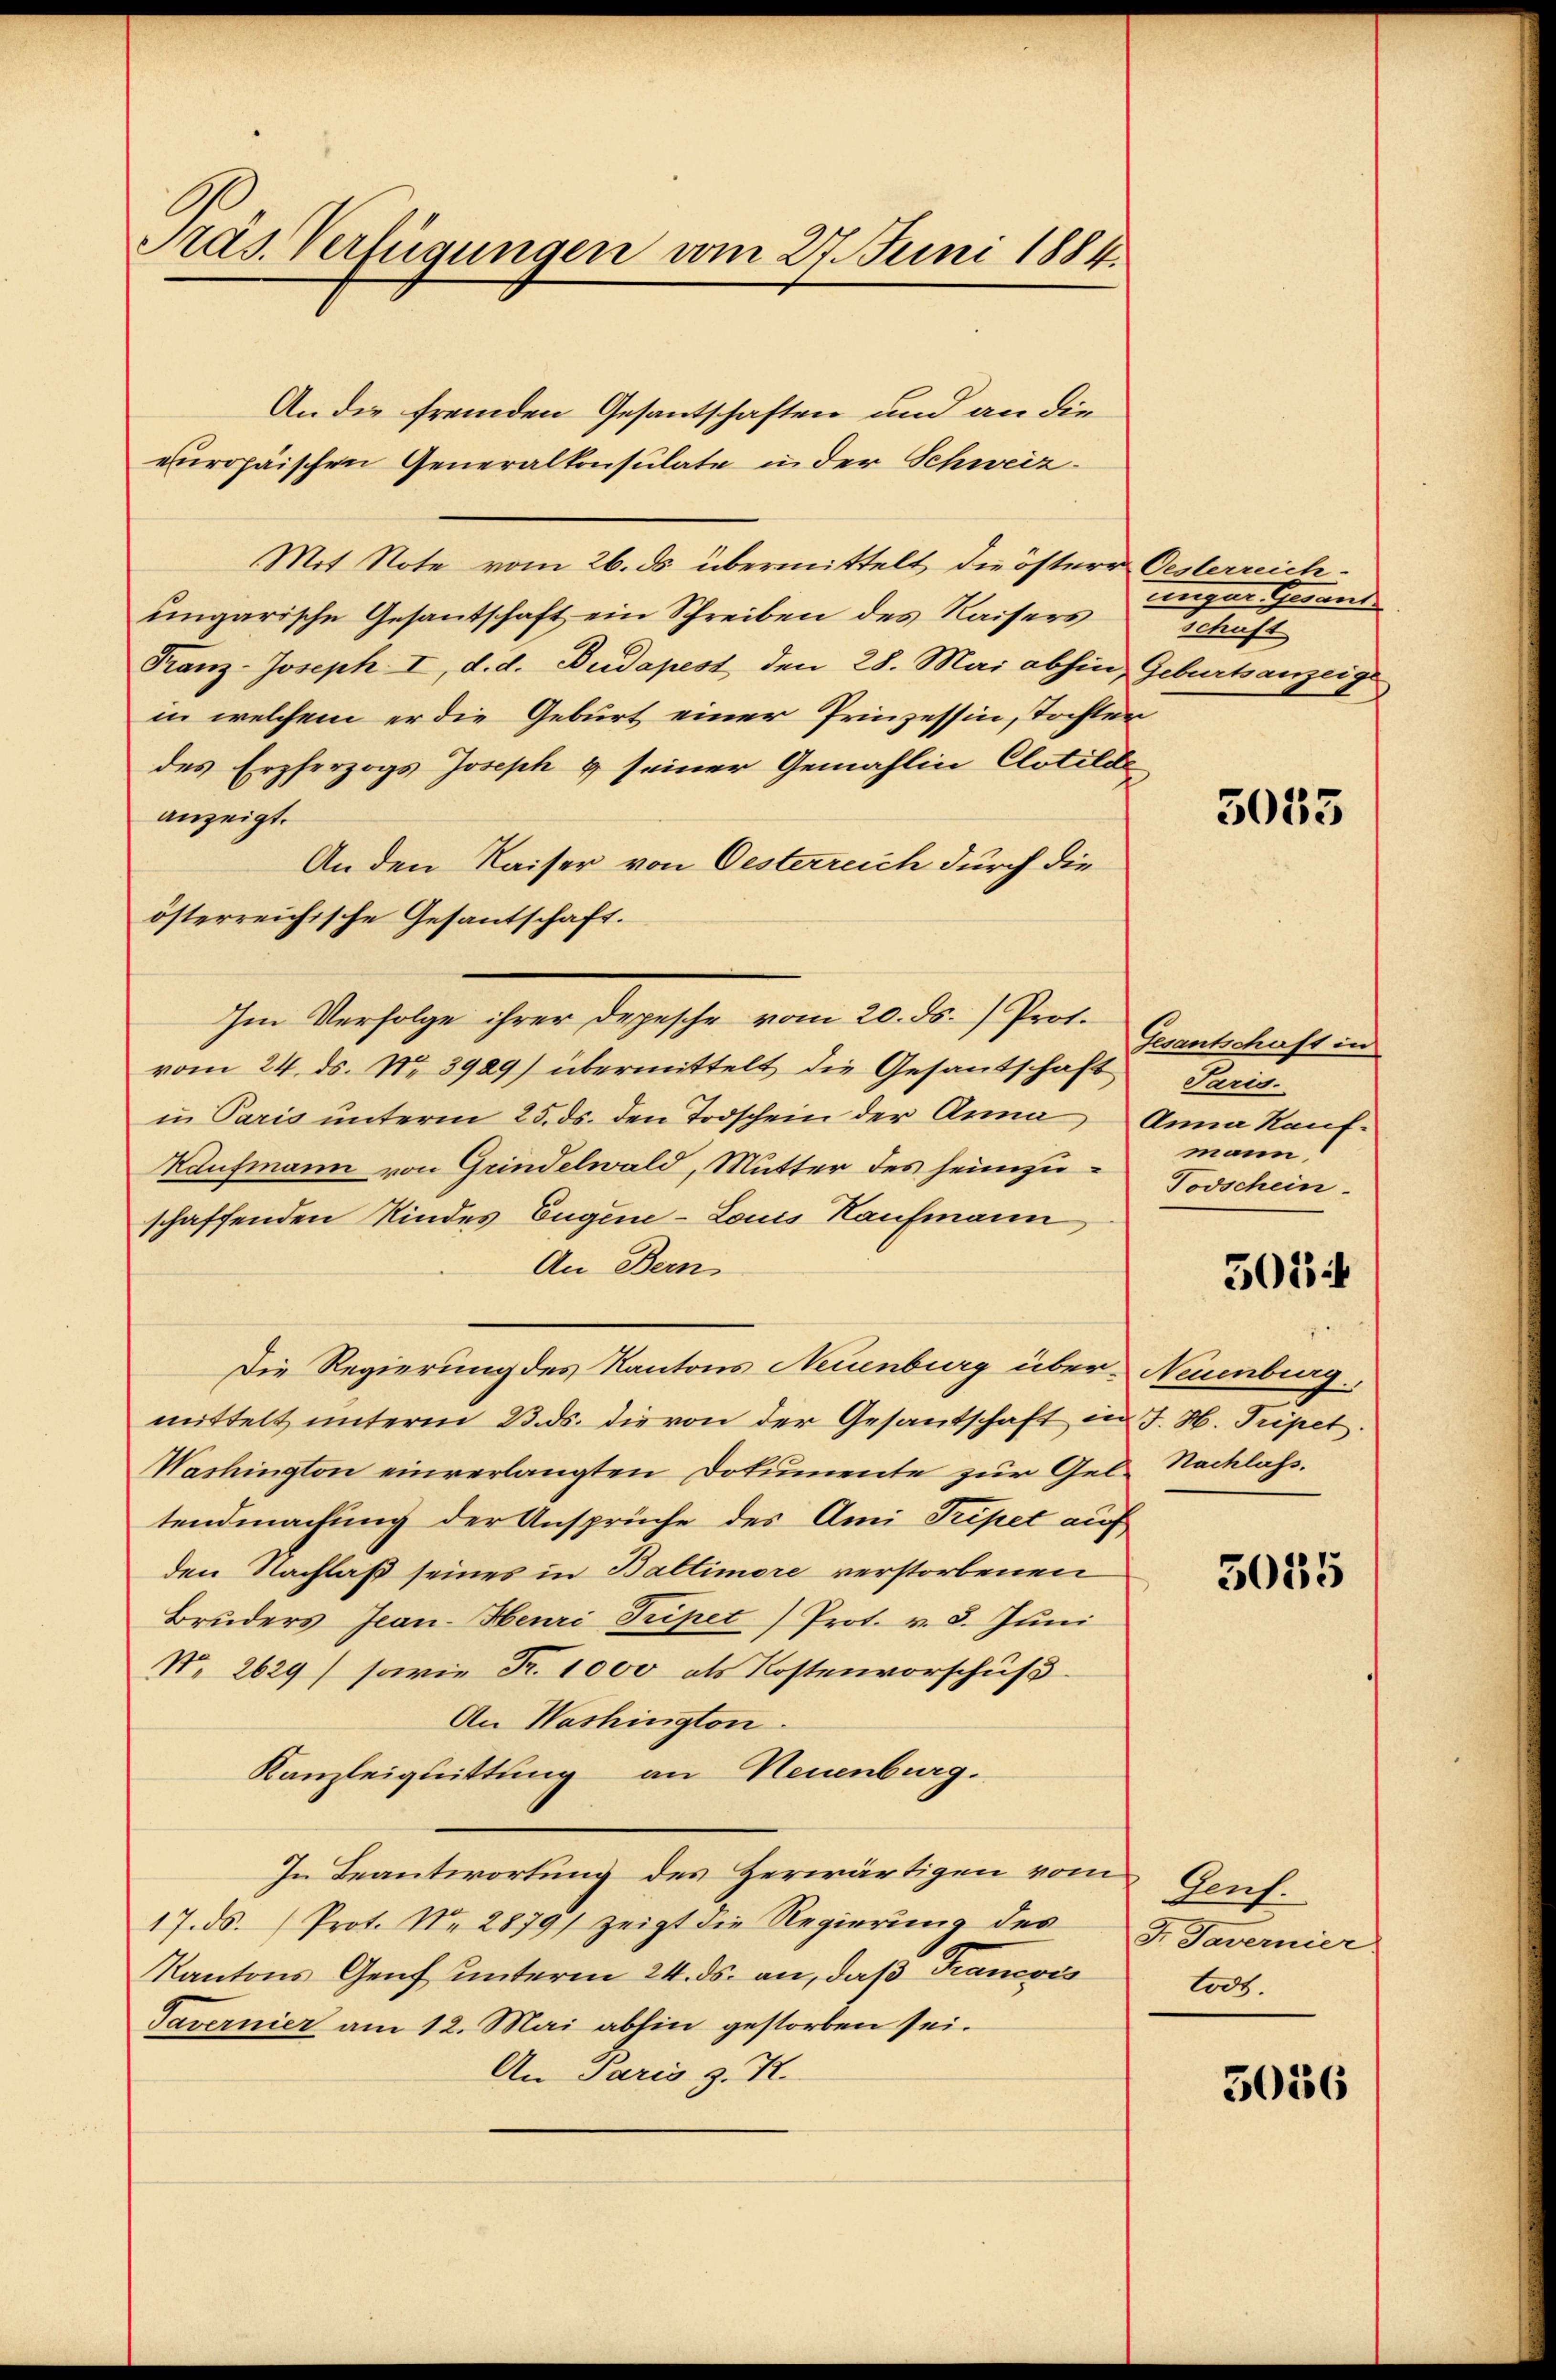
Präs. Verfügungen vom 27. Juni 1884.

An die fremden Gesantschaften und an die
europäischen Generalkonsulate in der Schweiz
Mit Note vom 26. ds. übermittelt, die österer Oesterreichungarische Gesantschaft ein Schreiben des Kaisers
Franz-Joseph I, d. d. Budapest den 28. Mai abhin, Geburtsanzeige
in welchem er die Geburt einer Prinzessin, Tochten
des Erzherzogs Joseph & seiner Gemahlin Clotilde
anzeigt.
An den Kaiser von Oesterreich durch die
österreichische Gesantschaft.
Im Verfolge ihrer Depesche vom 20. ds. Prof.
vom 24. ds. No. 3929) übermittelt die Gesantschaft
in Paris unterm 25. ds. den Todschein der Anna Anna Kauf-
Kaufmann von Grindelwald, Mutter des heimzu- Todschein
schaffenden Kindes Eugene-Louis Kaufmann,
An Bern,
Die Regierung des Kantons Neuenburg über Neuenburg.
mittelt unterm 23. ds. die von der Gesandtschaft in J. H. Tripet.
Washington einverlangten Dokumente zur Gel. Nachlass.
tendmachung der Ansprüche des Ami Pripet auf
den Nachlaß seines in Baltimore verstorbenen
Brŭders Jean Henri Tripet) Prot. v. 5. Jŭni
No. 2629) sowie Fr. 1000 als Kostenvorschuß
An Washington.
Kanzleiquittung an Neuenburg.
In Beantwortung des Herwärtigen vom Genf.
17. ds. (Prot. Nr. 2879) zeigt die Regierung des
Kantons Genf unterm 24. ds. an, daß Francois
Tavernier am 12. Mai abhin gestorben sei.
An Paris z. K.

ungar. Gesant
h

3033

Gesantschaft in
Paris.
mann,

5054

5055

F. Tavernier.
todt.

5056